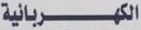
الكهربائية